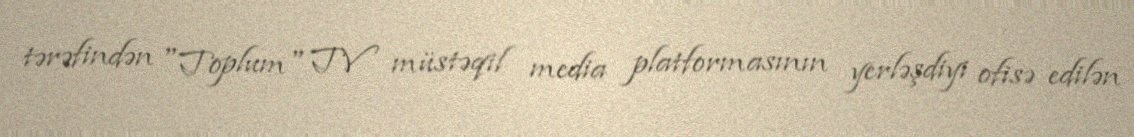
tərəfindən "Toplum" TV müstəqil media platformasının yerləşdiyi ofisə edilən